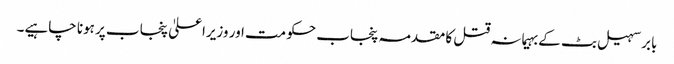
بابر سہیل بٹ کے بہیمانہ قتل کا مقدمہ پنجاب حکومت اور وزیراعلیٰ پنجاب پر ہونا چاہیے۔